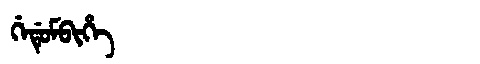
Manchu: ᡤᡝᡩᡠᠮᠪᡳᡥᡝ
Romanization: GEDUMBIHE